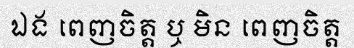
ឯង ពេញចិត្ត ឬ មិន ពេញចិត្ត